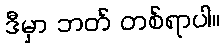
ဒီမှာ ဘတ် တစ်ရာပါ။